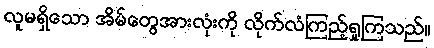
လူမရှိသော အိမ်တွေအားလုံးကို လိုက်လံကြည့်ရှုကြသည်။